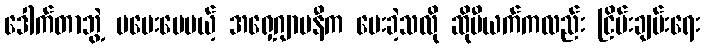
ဒေါက်တာဘွဲ့ မပေးပေမယ့် အရှေ့ဂျာမနီက ပေးခဲ့သလို ဆိုဗီယက်ကလည်း ငြိမ်းချမ်းရေး